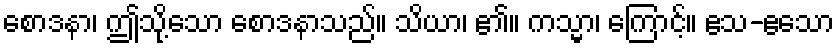
စောဒနာ၊ ဤသို့သော စောဒနာသည်။ သိယာ၊ ၏။ ကသ္မာ၊ ကြောင့်။ ဧသ-ဧသော